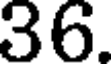
36.